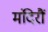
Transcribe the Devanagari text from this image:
मंदिरौं